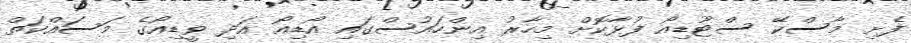
ފެށި މާސްކޭ ސްޓޫޑިއޯ ފުޅާކޮށް މިހާރު އިންހައުސްގައި އޯޑިއޯ އަދި ވީޑިއޯގެ މަސައްކަތް